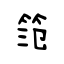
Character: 笵